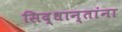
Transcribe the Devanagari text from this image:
सिद्धान्तांना